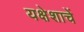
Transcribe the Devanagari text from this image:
यक्षेशाचें